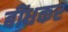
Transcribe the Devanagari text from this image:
बींधकर